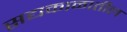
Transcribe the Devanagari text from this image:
सद्यकाळातील